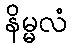
နိမ္မလံ